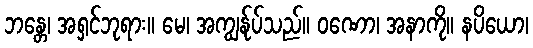
ဘန္တေ၊ အရှင်ဘုရား။ မေ၊ အကျွန်ုပ်သည်။ ဝဏော၊ အနာကို။ နပိယော၊